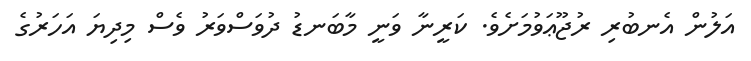
އަލުން އެނބުރި ރުޖޫޢަވުމަށެވެ. ކަރީނާ ވަނީ މާބަނޑު ދުވަސްވަރު ވެސް މިދިޔަ އަހަރުގެ